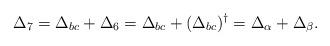
LaTeX: \begin{align*} \Delta_{7} = \Delta_{bc} + \Delta_{6} &= \Delta_{bc} + (\Delta_{bc})^\dagger= \Delta_{\alpha}+\Delta_{\beta}. \end{align*}